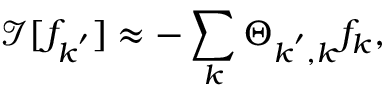
\mathcal { I } [ f _ { \boldsymbol { k } ^ { \prime } } ] \approx - \sum _ { \boldsymbol { k } } \Theta _ { \boldsymbol { k } ^ { \prime } , \boldsymbol { k } } f _ { \boldsymbol { k } } ,